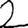
Digit: 2